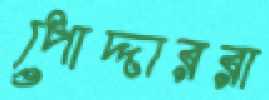
পোদ্দাররা